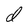
Character: d